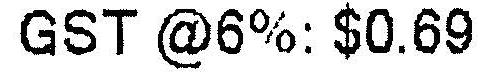
GST @6%: $0.69